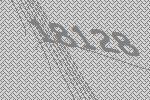
18128